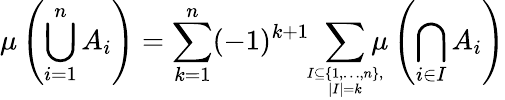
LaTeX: \mu\left(\bigcup_{i=1}^{n}A_{i}\right)=\sum_{k=1}^{n}(-1)^{k+1}\! \! \sum_{I\subseteq\{ 1,\dotsc,n\} ,\atop|I|=k}\! \! \! \! \mu\left(\bigcap_{i\in I}A_{i}\right)